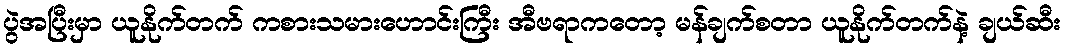
ပွဲအပြီးမှာ ယူနိုက်တက် ကစားသမားဟောင်းကြီး အီဗရာကတော့ မန်ချက်စတာ ယူနိုက်တက်နဲ့ ချယ်ဆီး